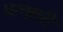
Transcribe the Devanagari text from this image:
फनाली